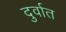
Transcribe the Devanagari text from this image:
दुर्वात